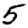
Digit: 5